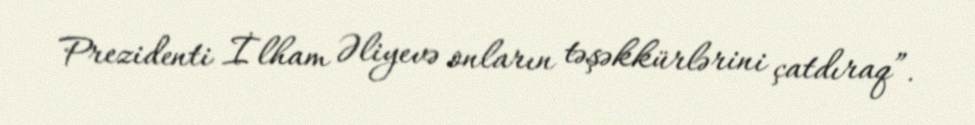
Prezidenti İlham Əliyevə onların təşəkkürlərini çatdıraq”.